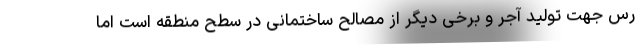
رس جهت تولید آجر و برخی دیگر از مصالح ساختمانی در سطح منطقه است اما